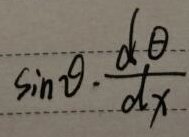
\(\sin\theta\cdot\frac{d\theta}{dx}\)